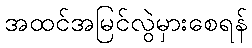
အထင်အမြင်လွဲမှားစေရန်